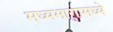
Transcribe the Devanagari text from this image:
मध्यभागामध्ये